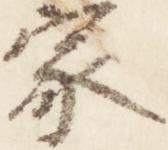
家